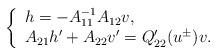
LaTeX: \begin{align*} \left\{\begin{array}{ll} h=-A_{11}^{-1}A_{12}v,\\A_{21}h'+A_{22}v'=Q'_{22}(u^\pm)v. \end{array}\right.\end{align*}